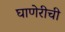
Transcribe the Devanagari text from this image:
घाणेरीची